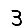
Digit: 3